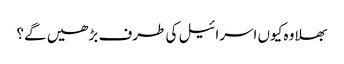
بھلا وہ کیوں اسرائیل کی طرف بڑھیں گے؟